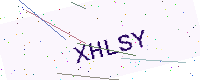
Text: XHLSY